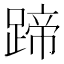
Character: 蹄